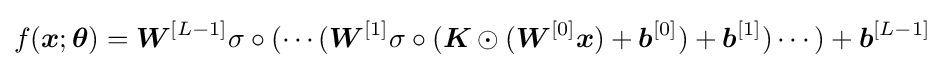
f({\boldsymbol {x}};{\boldsymbol {\theta }})={\boldsymbol {W}}^{[L-1]}\sigma \circ (\cdots ({\boldsymbol {W}}^{[1]}\sigma \circ ({\boldsymbol {K}}\odot ({\boldsymbol {W}}^{[0]}{\boldsymbol {x}})+{\boldsymbol {b}}^{[0]})+{\boldsymbol {b}}^{[1]})\cdots )+{\boldsymbol {b}}^{[L-1]}